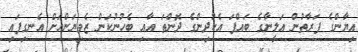
އިޔާންގެ ފަރާތުން އަލީނާގެ ބައްޕަ އެކުދިންގެ ދޮންތަ އާއި ބެހުނުކަން ޒެވިޔަންއަށް އެނގިފައި